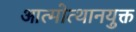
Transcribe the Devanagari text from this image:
आत्मोत्थानयुक्त